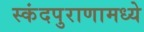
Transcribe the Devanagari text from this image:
स्कंदपुराणामध्ये